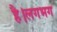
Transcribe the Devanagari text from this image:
है।लगभग